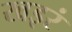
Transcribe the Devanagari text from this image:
खइरं